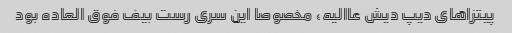
پیتزاهای دیپ دیش عاالیه، مخصوصا این سری رست بیف فوق العاده بود